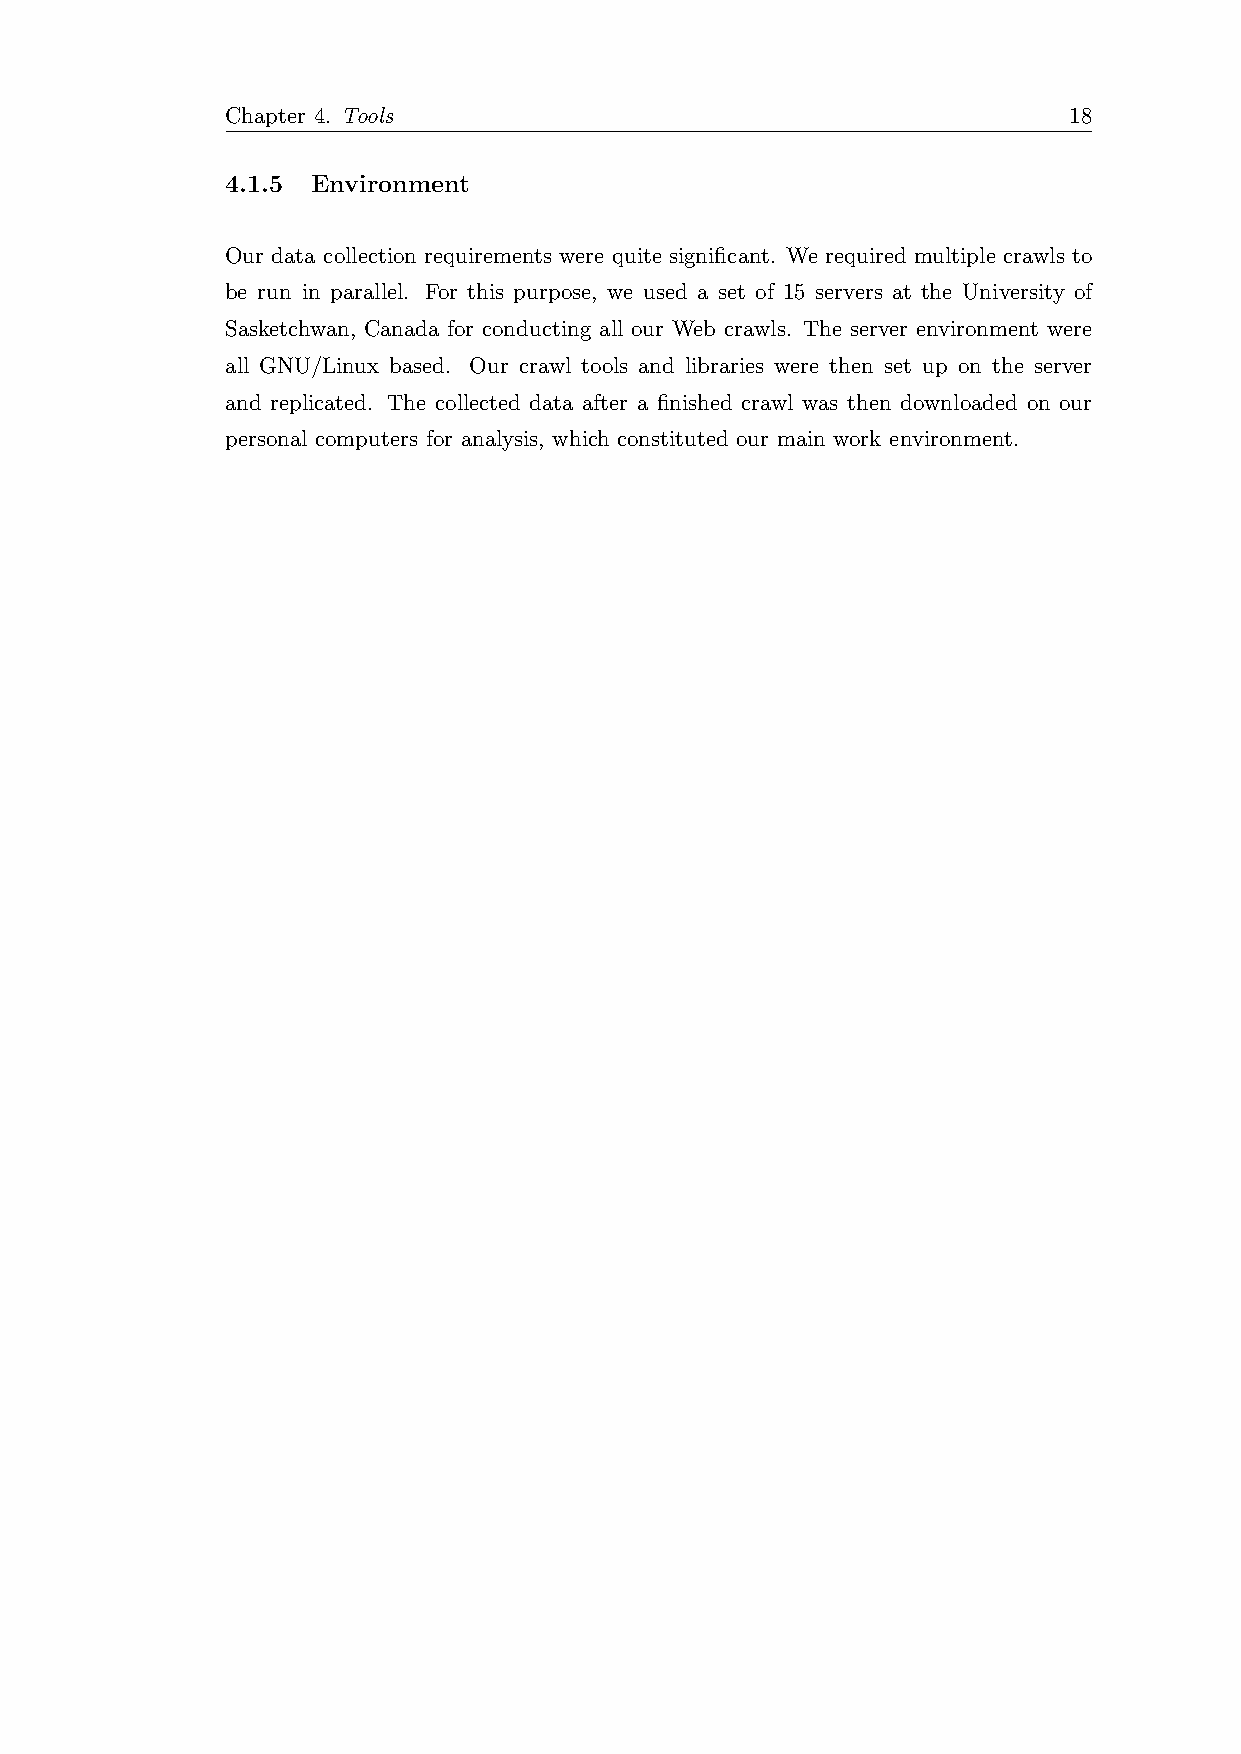
Chapter 4. Tools                                        18
 4.1.5 Environment
 Our data collection requirements were quite significant. We required multiple crawls to
 be run in parallel. For this purpose, we used a set of 15 servers at the University of
 Sasketchwan, Canada for conducting all our Web crawls. The server environment were
 all GNU/Linux based. Our crawl tools and libraries were then set up on the server
 and replicated. The collected data after a finished crawl was then downloaded on our
 personal computers for analysis, which constituted our main work environment.